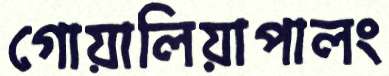
গোয়ালিয়াপালং